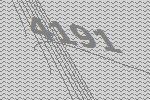
4191